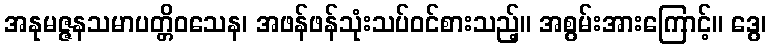
အနုမဇ္ဇနသမာပတ္တိဝသေန၊ အဖန်ဖန်သုံးသပ်ဝင်စားသည့်။ အစွမ်းအားကြောင့်။ ဒွေ၊